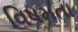
વિષમતા